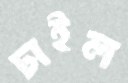
চাইল